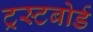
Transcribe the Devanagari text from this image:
ट्रस्टबोर्ड